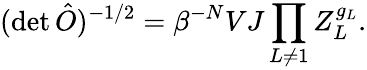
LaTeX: (\operatorname*{det}\hat{O})^{-1/2}=\beta^{-N}VJ\prod_{L\neq 1}Z_{L}^{g_{L}}.